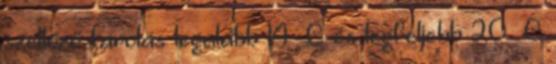
szellőző tárolás legalább 14 ºC és legfeljebb 20 ºC